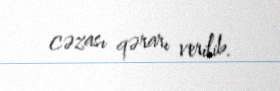
cəzası qərarı verilib.